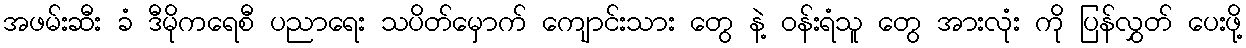
အဖမ်းဆီး ခံ ဒီမိုကရေစီ ပညာရေး သပိတ်မှောက် ကျောင်းသား တွေ နဲ့ ဝန်းရံသူ တွေ အားလုံး ကို ပြန်လွှတ် ပေးဖို့